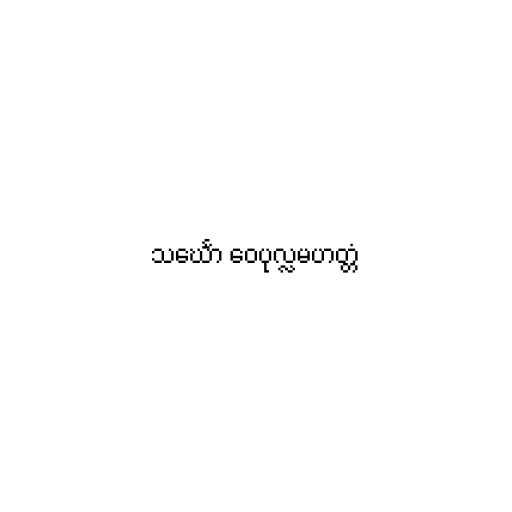
သင်္ဃော ဝေပုလ္လမဟတ္တံ